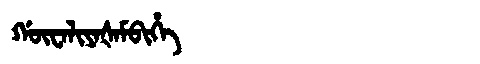
Manchu: ᡤᡡᠸᠠᠯᡳᠶᠠᡧᠠᠮᠪᡳᡥᡝ
Romanization: GŪWALIYAŠAMBIHE